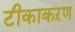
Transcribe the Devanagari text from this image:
टीकाकऱण